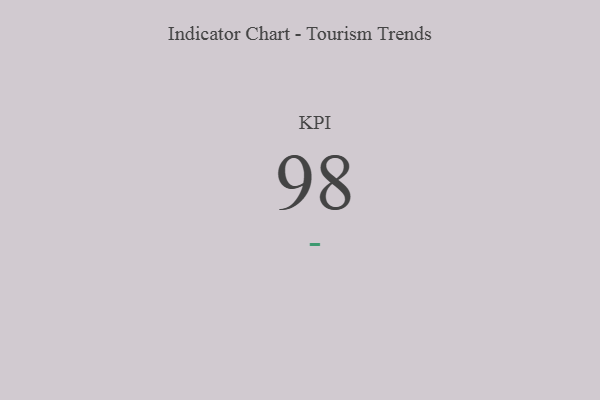
{"axis": {"x": "KPI", "y": "Value"}, "legend": [""], "data": [{"x": "KPI", "y": 98, "type": ""}]}